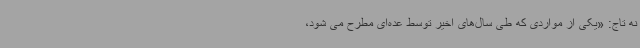
نه تاج: «یکی از مواردی که طی سال‌های اخیر توسط عده‌ای مطرح می شود،